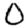
Digit: 0